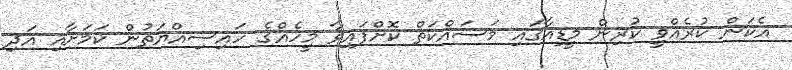
އެކަން ކުރެއްވީ ކުރިން މީޑިއާގައި މަސައްކަތް ކޮށްފައިވާ މީހެއްގެ ހައިސިއްޔަތުން ކަމަށާއި އަދި